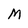
Character: m